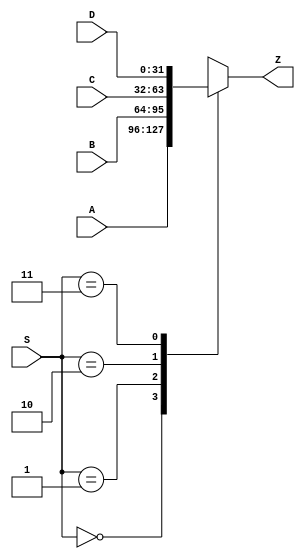
`timescale 1ns / 1ps

module MUX_4X1(input wire [31:0] A, B, C, D, input wire [1:0] S, output reg [31:0] Z);
    always @(*) begin
        case(S) 
            0: Z = A;
            1: Z = B;
            2: Z = C;
            3: Z = D;
        endcase
    end
endmodule